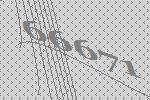
66671